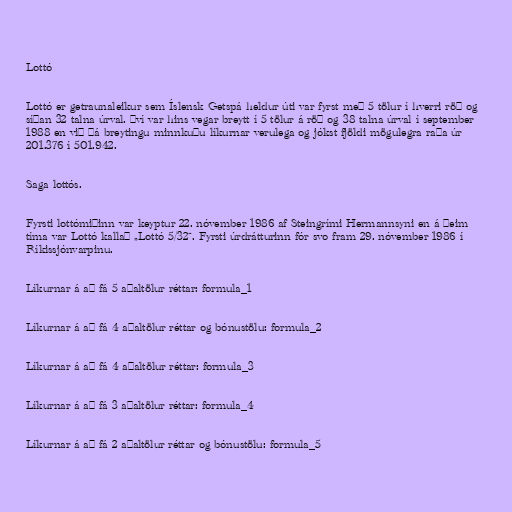
Lottó

Lottó er getraunaleikur sem Íslensk Getspá heldur úti var fyrst með 5 tölur í hverri röð og
síðan 32 talna úrval. Því var hins vegar breytt í 5 tölur á röð og 38 talna úrval í september
1988 en við þá breytingu minnkuðu líkurnar verulega og jókst fjöldi mögulegra raða úr
201.376 í 501.942.

Saga lottós.

Fyrsti lottómiðinn var keyptur 22. nóvember 1986 af Steingrími Hermannsyni en á þeim
tíma var Lottó kallað „Lottó 5/32“. Fyrsti úrdrátturinn fór svo fram 29. nóvember 1986 í
Ríkissjónvarpinu.

Líkurnar á að fá 5 aðaltölur réttar: formula_1

Líkurnar á að fá 4 aðaltölur réttar og bónustölu: formula_2

Líkurnar á að fá 4 aðaltölur réttar: formula_3

Líkurnar á að fá 3 aðaltölur réttar: formula_4

Líkurnar á að fá 2 aðaltölur réttar og bónustölu: formula_5